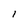
Character: 1